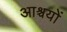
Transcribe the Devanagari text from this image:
आश्चयों